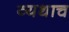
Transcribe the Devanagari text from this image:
व्यथाच